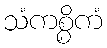
သံကစ္စိကံ